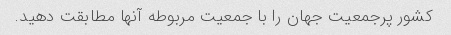
کشور پرجمعیت جهان را با جمعیت مربوطه آنها مطابقت دهید.